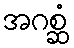
အဂစ္ဆံ